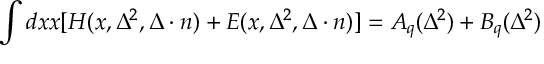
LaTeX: \int d x x [ H ( x , \Delta ^ { 2 } , \Delta \cdot n ) + E ( x , \Delta ^ { 2 } , \Delta \cdot n ) ] = A _ { q } ( \Delta ^ { 2 } ) + B _ { q } ( \Delta ^ { 2 } )